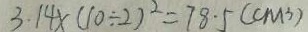
3 . 1 4 \times ( 1 0 \div 2 ) ^ { 2 } = 7 8 . 5 ( c m ^ { 3 } )